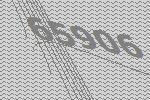
65906